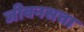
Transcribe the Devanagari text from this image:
जीवनसत्ता